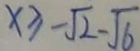
x \geq - \sqrt { 2 } - \sqrt { 6 }